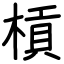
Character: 槓